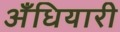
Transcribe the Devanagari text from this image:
अँधियारी